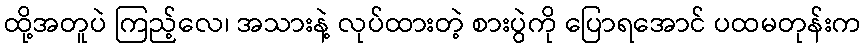
ထို့အတူပဲ ကြည့်လေ၊ အသားနဲ့ လုပ်ထားတဲ့ စားပွဲကို ပြောရအောင် ပထမတုန်းက